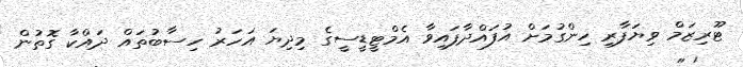
ޓޫރިޒަމް ވިޔަފާރި ހިންގުމަށް އުފައްދާފައިވާ އެމްޓީޑީސީގެ މިދިޔަ އަހަރު ހިސާބުތައް ދައްކާ ގޮތުން